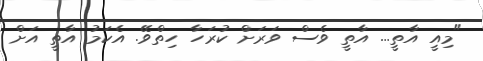
"މިއީ އާތީ... އާތީ ވެސް ވަރަށް ކުރަހާ ހިތްވޭ. އެކަމު އާތީ އަށް